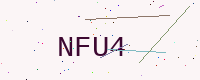
Text: NFU4